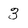
Character: 3